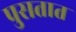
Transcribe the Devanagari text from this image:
पुसतात